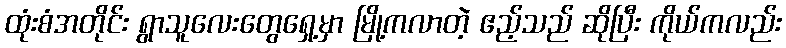
ထုံးစံအတိုင်း ရွာသူလေးတွေရှေ့မှာ မြို့ကလာတဲ့ ဧည့်သည် ဆိုပြီး ကိုယ်ကလည်း